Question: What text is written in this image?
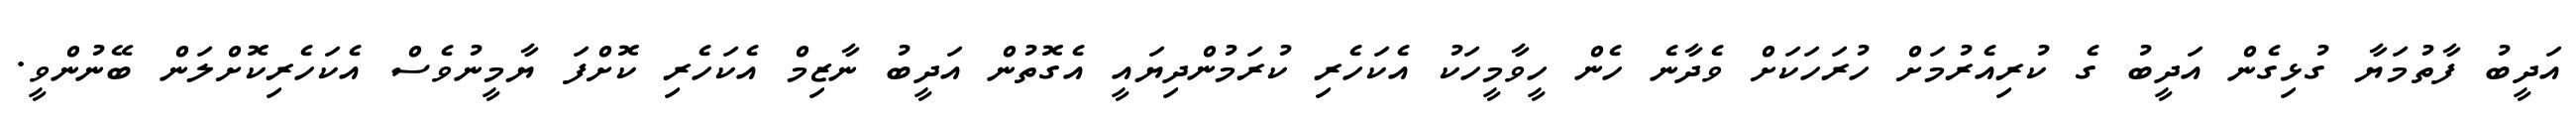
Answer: އަދީބު ފާތުމަޔާ ގުޅިގެން އަދީބު ގެ ކުރިއެރުމަށް ހުރަހަކަށް ވެދާނެ ހެން ހީވާމީހަކު އެކަހެރި ކުރަމުންދިޔައީ އެގޮތުން އަދީބު ނާޒިމް އެކަހެރި ކޮށްފަ ޔާމީނުވެސް އެކަހެރިކޮށްލަން ބޭނުންވީ.